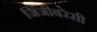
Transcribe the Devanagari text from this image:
जिंजीबरेसी